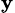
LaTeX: _\mathbf{y}